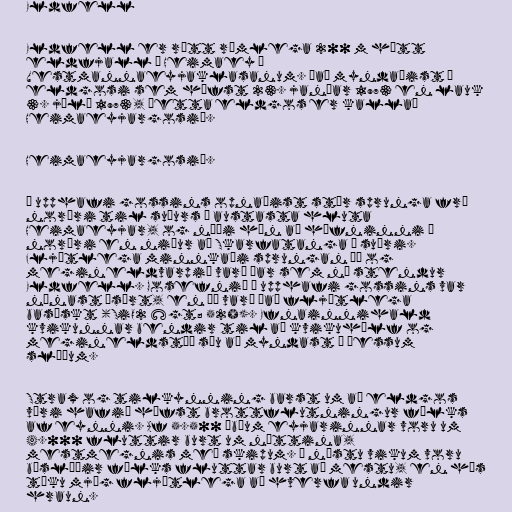
Eldfell

Eldfell er rétt rúmlega 200 m hátt
eldfjall á Heimaey í
Vestmannaeyjaklasanum. Það myndaðist í
eldgosi sem hófst 23. janúar 1973 en lauk
3. júlí 1973, þetta eldgos er kallað
Heimaeyjargosið.

Heimaeyjargosið.

Í upphafi gossins opnaðist stór sprunga frá
norðri til suðurs á austasta hluta
Heimaeyjar, og náði hún að höfninni í
norðri en niður að Skarfatanga í suðri.
Fljótlega minnkaði sprungan þó og
megineldvarpið varð þar sem nú stendur
Eldfell. Gosefnið í upphafi gossins var
nánast ísúrt, en þó varð það fljótlega
basískt (SiO2 &gt; 52%). Efnainnihald
kvikunnar bendir til að kvikuhólf og
megineldstöð séu að myndast á þessum
slóðum.

Strax og tilkynning barst um að eldgos
væri hafið hófst brottflutningur fólks
af eynni. Af 5.500 íbúum eyjarinnar voru um
4.000 fluttir burt um nóttina,
mestmegnis með skipum. Á næstu vikum voru
búslóðir fólks fluttar burt að mestu, en hús
tóku mjög fljótlega að hverfa undir
hraun.